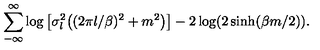
\sum _ { - \infty } ^ { \infty } \log \big [ \sigma _ { l } ^ { 2 } \big ( ( 2 \pi l / \beta ) ^ { 2 } + m ^ { 2 } \big ) \big ] - 2 \log ( 2 \sinh ( \beta m / 2 ) ) .